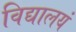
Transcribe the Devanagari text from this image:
विद्यालयं